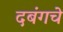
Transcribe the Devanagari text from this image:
दबंगचे